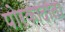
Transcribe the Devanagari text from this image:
पोरकादाता